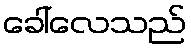
ခေါ်လေသည်